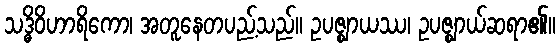
သဒ္ဓိဝိဟာရိကော၊ အတူနေတပည့်သည်။ ဥပဇ္ဈာယဿ၊ ဥပဇ္ဈာယ်ဆရာ၏။